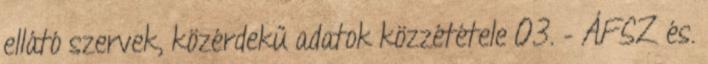
ellátó szervek, közérdekű adatok közzététele 03. – ÁFSZ és.